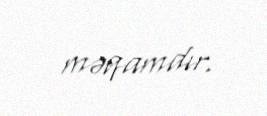
məqamdır.